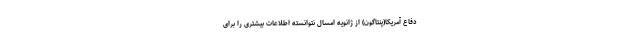
دفاع آمریکا(پنتاگون) از ژانویه امسال نتوانسته اطلاعات بیشتری را برای